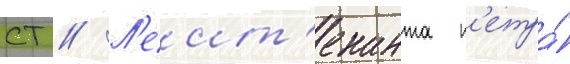
ст // Л'еит'енанта п'етра́